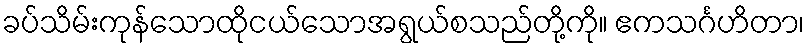
ခပ်သိမ်းကုန်သောထိုငယ်သောအရွယ်စသည်တို့ကို။ ဧကသင်္ဂဟိတာ၊